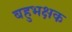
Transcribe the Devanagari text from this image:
बहुभक्षक